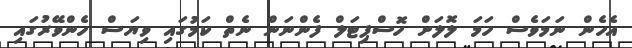
އެހެން ނަމަވެސް ހަމަ ލޮލަށް ހޮސްޕިޓަލް ފެންނަން ނެތް ކަމުގައި ވިޔަސް ހެންވޭރުގައި